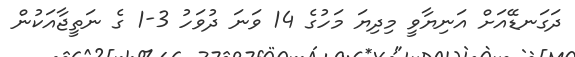
ދަގަނޑޭއަށް އަނިޔާވީ މިދިޔަ މަހުގެ 14 ވަނަ ދުވަހު 3-1 ގެ ނަތީޖާއަކުން